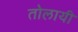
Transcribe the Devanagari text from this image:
तोलायी